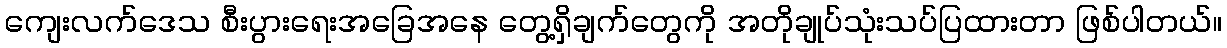
ကျေးလက်ဒေသ စီးပွားရေးအခြေအနေ တွေ့ရှိချက်တွေကို အတိုချုပ်သုံးသပ်ပြထားတာ ဖြစ်ပါတယ်။